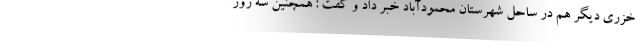
خزری دیگر هم در ساحل شهرستان محمودآباد خبر داد و گفت : همچنین سه روز